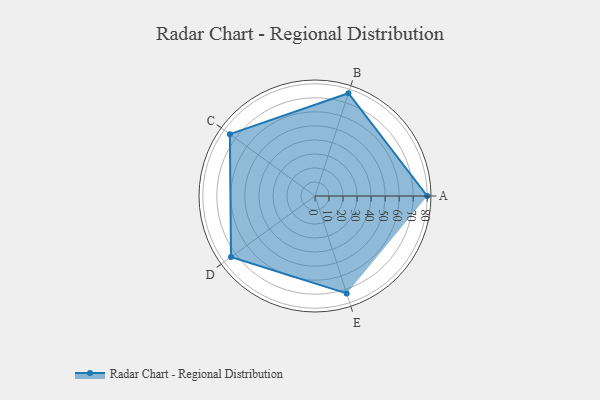
{"axis": {"x": "Skill", "y": "Score"}, "legend": ["Profile"], "data": [{"x": "A", "y": 80.0, "type": "Profile"}, {"x": "B", "y": 77.0, "type": "Profile"}, {"x": "C", "y": 75.0, "type": "Profile"}, {"x": "D", "y": 74.0, "type": "Profile"}, {"x": "E", "y": 73.0, "type": "Profile"}]}